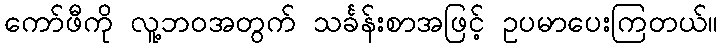
ကော်ဖီကို လူ့ဘဝအတွက် သင်္ခန်းစာအဖြင့် ဥပမာပေးကြတယ်။